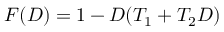
F ( D ) = 1 - D ( T _ { 1 } + T _ { 2 } D )